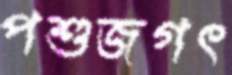
পশুজগৎ